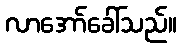
လာအော်ခေါ်သည်။